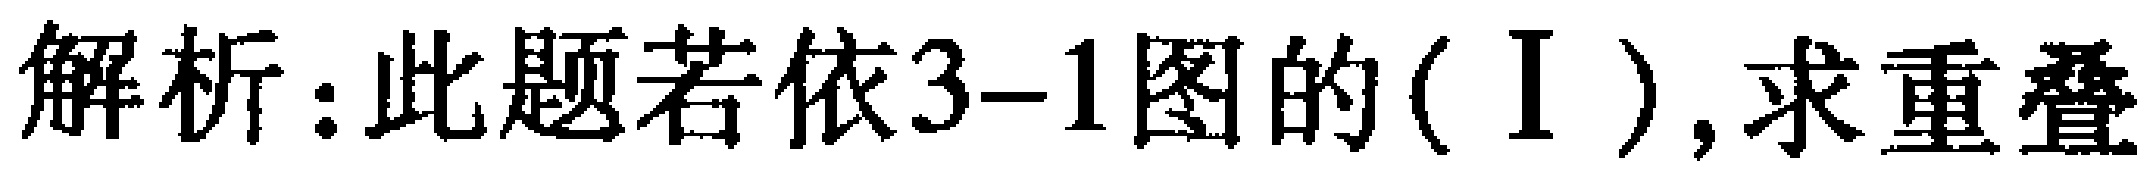
解析：此题若依3--1图的(Ⅰ),求重叠